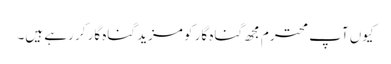
کیوں آپ محترم مجھ گناہ گار کو مزید گناہ گار کر رہے ہیں۔